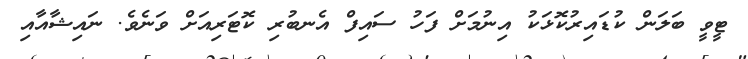
ޓީވީ ބަލަން ކުޑައިރުކޮޅަކު އިނުމަށް ފަހު ސައިފް އެނބުރި ކޮޓަރިއަށް ވަނެވެ. ނައިޝާއާއި